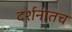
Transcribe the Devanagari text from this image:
दर्शनातच